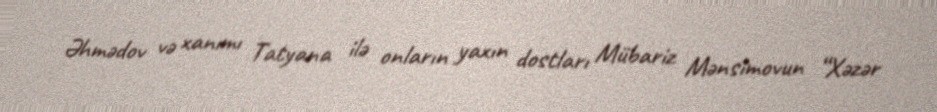
Əhmədov və xanımı Tatyana ilə onların yaxın dostları Mübariz Mənsimovun “Xəzər